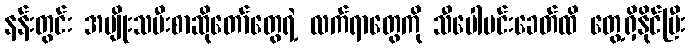
နန်းတွင်း အမျိုးသမီးစာဆိုတော်တွေရဲ့ လက်ရာတွေကို သီပေါမင်းခေတ်ထိ တွေ့ရှိနိုင်ပြီး